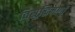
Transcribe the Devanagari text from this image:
विसुद्धिमग्गों